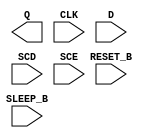
module sky130_fd_sc_lp__srsdfrtp (
    Q      ,
    CLK    ,
    D      ,
    SCD    ,
    SCE    ,
    RESET_B,
    SLEEP_B
);

    output Q      ;
    input  CLK    ;
    input  D      ;
    input  SCD    ;
    input  SCE    ;
    input  RESET_B;
    input  SLEEP_B;

    // Voltage supply signals
    supply1 KAPWR;
    supply1 VPWR ;
    supply0 VGND ;
    supply1 VPB  ;
    supply0 VNB  ;

endmodule